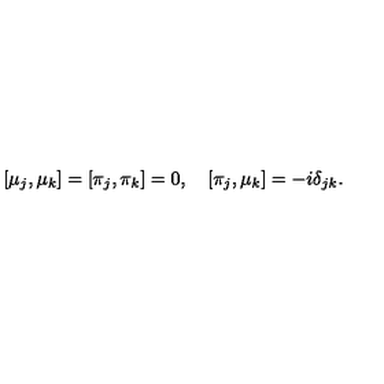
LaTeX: [ \mu _ { j } , \mu _ { k } ] = [ \pi _ { j } , \pi _ { k } ] = 0 , \quad [ \pi _ { j } , \mu _ { k } ] = - i \delta _ { j k } .